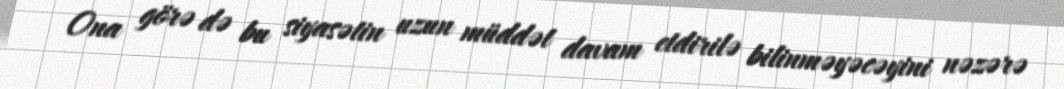
Ona görə də bu siyasətin uzun müddət davam etdirilə bilinməyəcəyini nəzərə